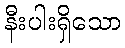
နီးပါးရှိသော